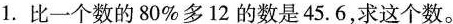
1.比一个数的80%多12的数是45.6，求这个数。